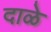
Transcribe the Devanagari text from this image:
दाळे